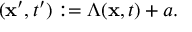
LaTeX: ( { \bf x } ^ { \prime } , t ^ { \prime } ) : = \Lambda ( { \bf x } , t ) + a .